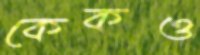
কেকও